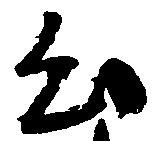
出